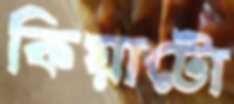
কিয়াটো